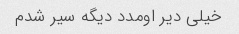
خیلی دیر اومدد دیگه سیر شدم